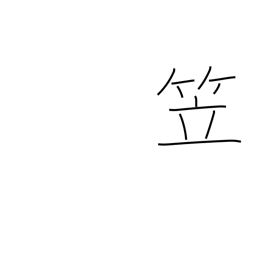
Meaning: bamboo hat